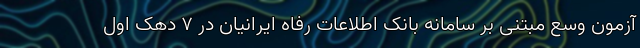
آزمون وسع مبتنی بر سامانه بانک اطلاعات رفاه ایرانیان در ۷ دهک اول